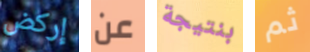
إركض عن بنتيجة ثم